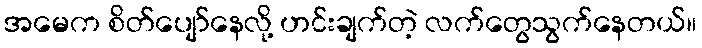
အမေက စိတ်ပျော်နေလို့ ဟင်းချက်တဲ့ လက်တွေသွက်နေတယ်။